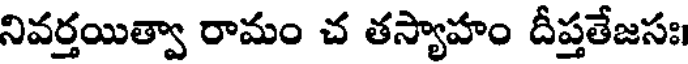
నివర్తయిత్వా రామం చ తస్యాహం దీప్తతేజసః